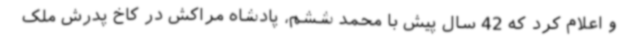
و اعلام کرد که 42 سال پیش با محمد ششم، پادشاه مراکش در کاخ پدرش ملک